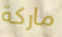
ماركة